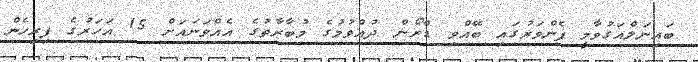
ބައިނަލްއަގުވާމީ ފެންވަރުގައި ބޭއްވި ޑްރޯން ދުއްވުމުގެ މުބާރާތުގެ އެއްވަނައަށް 15 އަހަރުގެ ފިރިހެން